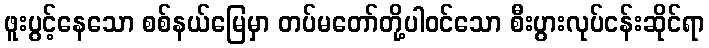
ဖူးပွင့်နေသော စစ်နယ်မြေမှာ တပ်မတော်တို့ပါဝင်သော စီးပွားလုပ်ငန်းဆိုင်ရာ